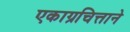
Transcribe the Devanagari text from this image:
एकाग्रचित्ताने